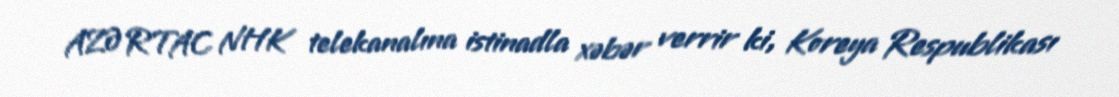
AZƏRTAC NHK telekanalına istinadla xəbər verrir ki, Koreya Respublikası